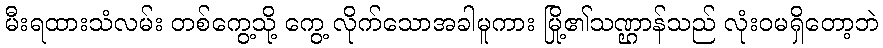
မီးရထားသံလမ်း တစ်ကွေ့သို့ ကွေ့ လိုက်သောအခါမူကား မြို့၏သဏ္ဌာန်သည် လုံးဝမရှိတော့ဘဲ